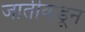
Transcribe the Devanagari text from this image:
जातीकडून